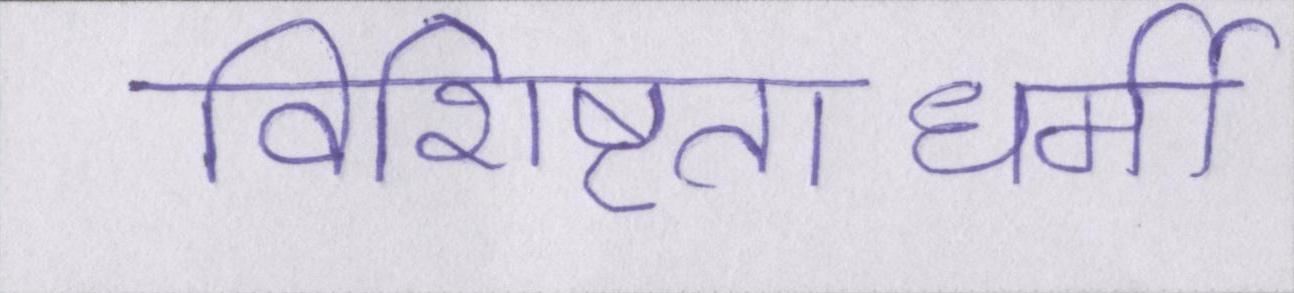
विशिष्टताधर्मी